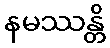
နမဿန္တိ